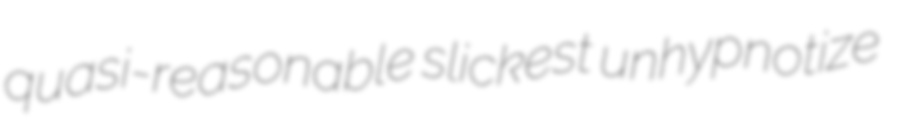
quasi-reasonable slickest unhypnotize